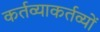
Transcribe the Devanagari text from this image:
कर्तव्याकर्तव्यों